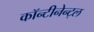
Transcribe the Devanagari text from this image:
कॉन्टीनेन्ट्ल